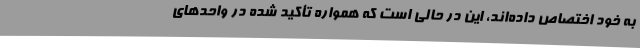
به خود اختصاص داده‌اند، این در حالی است که همواره تأکید شده در واحدهای